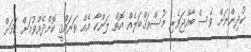
ކުދިންނަށް ވެސް ބާއްޖަވެރި މުސްތަޤްބަލެއް އޮތް ލަންކާ އެއް ތަރައްޤީ ކޮށްދެއްވުމަށް ކަމަށް